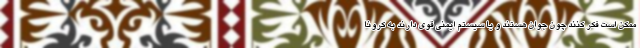
ممکن است فکر کنند چون جوان هستند و یا سیستم ایمنی قوی دارند به کرونا